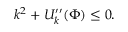
k ^ { 2 } + U _ { k } ^ { \prime \prime } ( \Phi ) \le 0 .